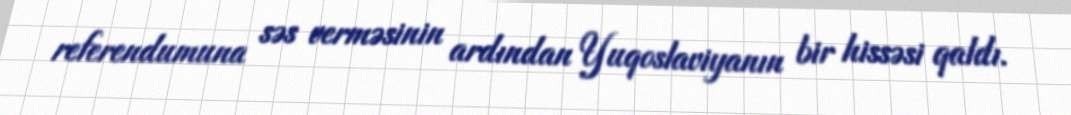
referendumuna səs verməsinin ardından Yuqoslaviyanın bir hissəsi qaldı.